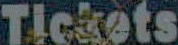
Tickets